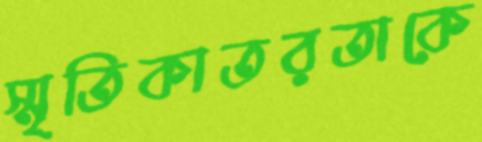
স্মৃতিকাতরতাকে